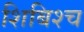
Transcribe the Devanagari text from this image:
शिबिश्च